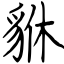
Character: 貅